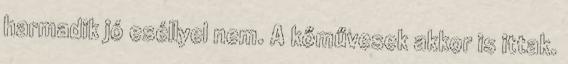
harmadik jó eséllyel nem. A kőművesek akkor is ittak.